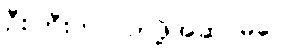
ဦးကြီးက လာဖို့အဆင်မပြေ။